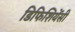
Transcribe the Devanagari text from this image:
डिफिशियेंसी